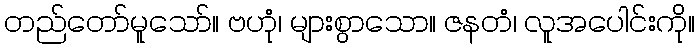
တည်တော်မူသော်။ ဗဟုံ၊ များစွာသော။ ဇနတံ၊ လူအပေါင်းကို။